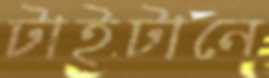
টাইটানে